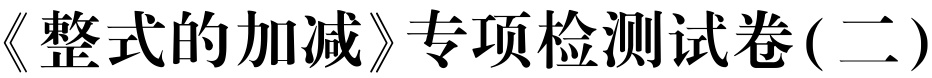
《整式的加减》专项检测试卷(二)